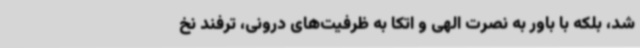
شد، بلکه با باور به نصرت الهی و اتکا به ظرفیت‌های درونی، ترفند نخ